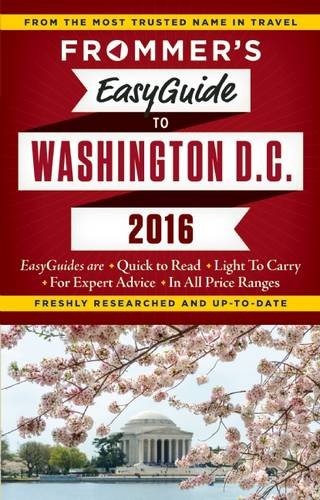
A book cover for Frommer's EasyGuide to Washington, D.C. 2016 (Frommer's Easy Guides); Elise Hartman Ford; Travel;